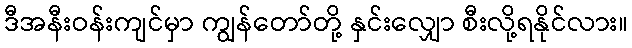
ဒီအနီးဝန်းကျင်မှာ ကျွန်တော်တို့ နှင်းလျှော စီးလို့ရနိုင်လား။